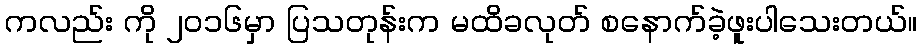
ကလည်း ကို ၂၀၁၆မှာ ပြသတုန်းက မထိခလုတ် စနောက်ခဲ့ဖူးပါသေးတယ်။